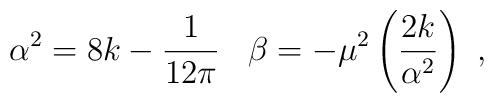
\alpha ^2=8k-\frac{1}{12\pi}\,\,\,\,\, \beta =-\mu ^2\left(\frac{2k}{\alpha^2}\right)\,\, ,